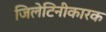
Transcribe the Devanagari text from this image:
जिलेटिनीकारक